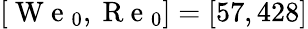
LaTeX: [\mathrm{~W~e~}_{0},\mathrm{~R~e~}_{0}]=[57,428]